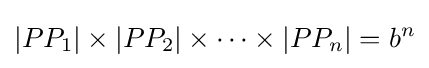
|PP_{1}|\times |PP_{2}|\times \cdots \times |PP_{n}|=b^{n}